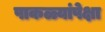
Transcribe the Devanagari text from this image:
पाकळ्यांपेक्षा